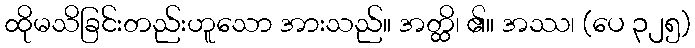
ထိုမသိခြင်းတည်းဟူသော အားသည်။ အတ္ထိ၊ ၏။ အဿ၊ (ပေ ၃၂၅)